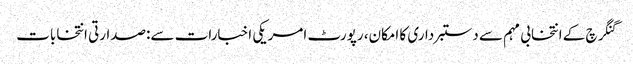
گنگرچ کے انتخابی مہم سے دستبرداری کا امکان، رپورٹ امریکی اخبارات سے:صدارتی انتخابات